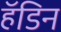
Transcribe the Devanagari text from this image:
हॅडिन